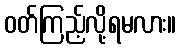
ဝတ်ကြည့်လို့ရမလား။